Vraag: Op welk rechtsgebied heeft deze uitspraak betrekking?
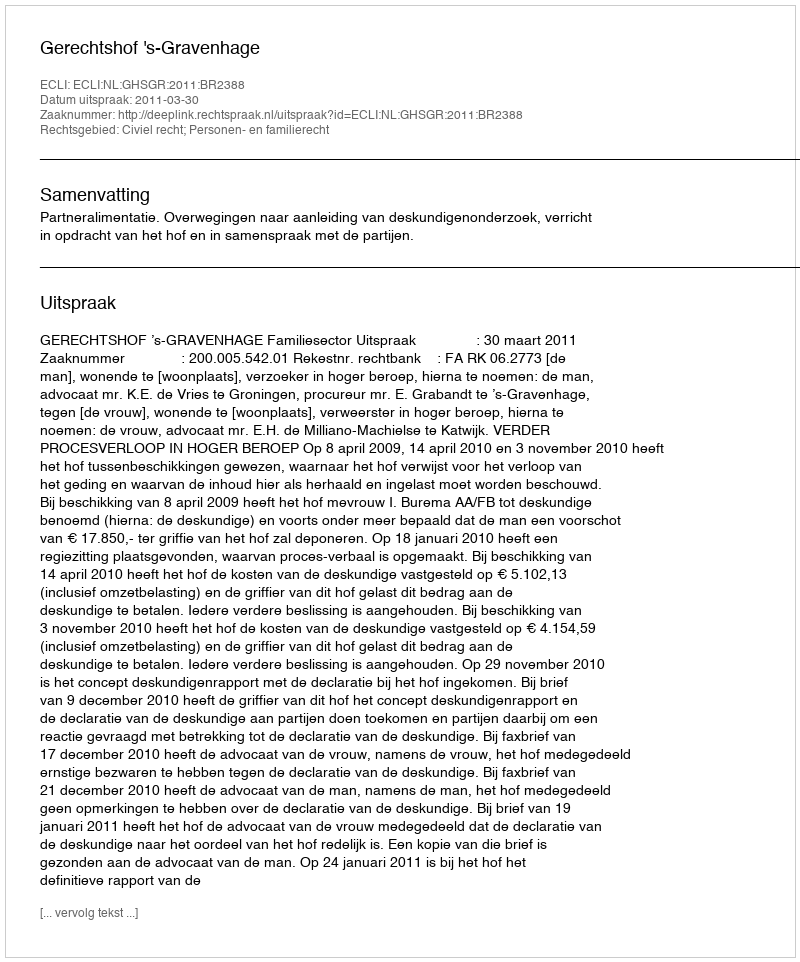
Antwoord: Civiel recht; Personen- en familierecht